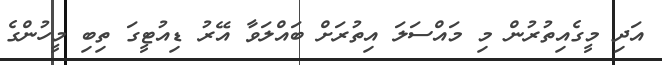
އަދި މީގެއިތުރުން މި މައްސަލަ އިތުރަށް ބައްލަވާ އޭރު ޑިއުޓީގަ ތިބި މީހުންގެ